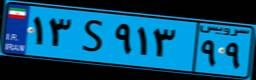
۳۵S۰۰۲۸۲